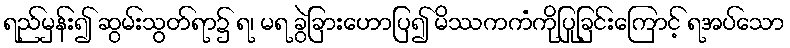
ရည်မှန်း၍ ဆွမ်းသွတ်ရာ၌ ရ၊ မရ ခွဲခြားဟောပြ၍ မိဿကကံကိုပြုခြင်းကြောင့် ရအပ်သော